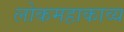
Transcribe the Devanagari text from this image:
लोकमहाकाव्य